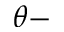
\theta -